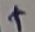
Text: +